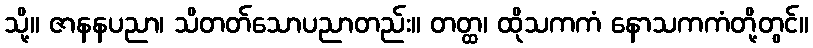
သို့။ ဇာနနပညာ၊ သိတတ်သောပညာတည်း။ တတ္ထ၊ ထိုသကကံ နောသကကံတို့တွင်။